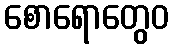
စောရောတွေဝ